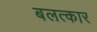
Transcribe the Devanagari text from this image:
बलत्कार